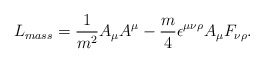
\begin{align*}L_{mass}=\frac{1}{m^2} A_{\mu }A^{\mu } -\frac{m}{4} \epsilon^{\mu \nu\rho } A_{\mu } F_{\nu \rho}.\end{align*}